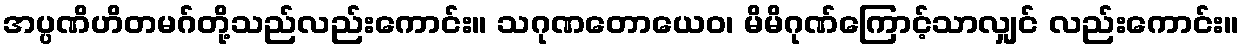
အပ္ပဏိဟိတမဂ်တို့သည်လည်းကောင်း။ သဂုဏတောယေဝ၊ မိမိဂုဏ်ကြောင့်သာလျှင် လည်းကောင်း။